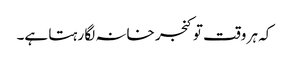
کہ ہر وقت تو کنجر خانہ لگا رہتا ہے۔